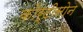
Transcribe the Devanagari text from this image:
कोर्टीसोन